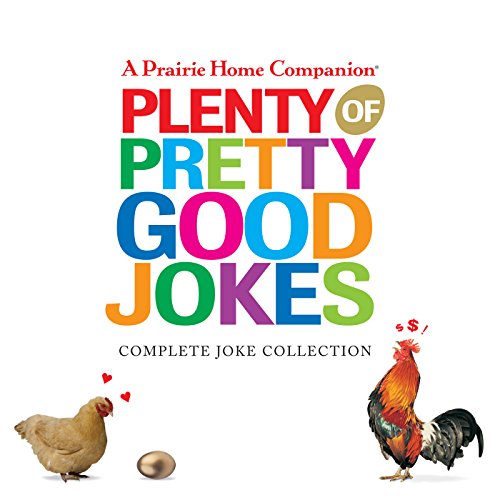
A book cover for Plenty of Pretty Good Jokes (Prairie Home Companion); Garrison Keillor; Humor & Entertainment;